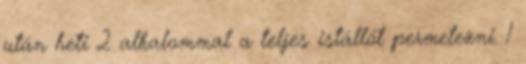
után heti 2 alkalommal a teljes istállót permetezni. 1